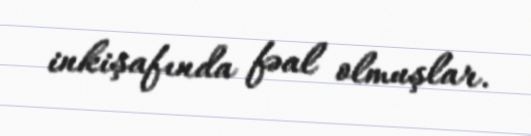
inkişafında fəal olmuşlar.